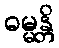
ဓမ္မန္တိ